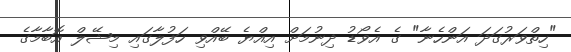
"ހިތްވަރުގަދަ އަންހެނާ" ގެ އެވޯޑު ދިނުމަށް އިއްޔެ ބޭއްވި ހަފުލާގައި މިޝޭލް އޮބާމާގެ